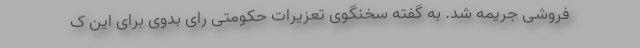
فروشی جریمه شد. به گفته سخنگوی تعزیرات حکومتی رای بدوی برای این ک